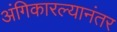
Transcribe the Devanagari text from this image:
अंगिकारल्यानंतर